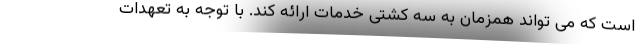
است که می تواند همزمان به سه کشتی خدمات ارائه کند. با توجه به تعهدات